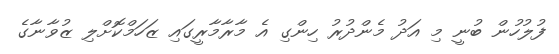
ފުލުހުން ބުނީ މި އަދު މެންދުރު ހިންގި އެ މާރާމާރީގައި ޒަހަމްކޮށްލި ޒުވާނާގެ